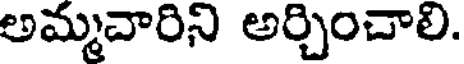
అమ్మవారిని అర్చించాలి.